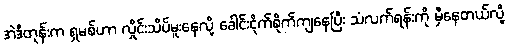
အဲဒီတုန်းက ရှမစ်ဟာ လှိုင်းသိပ်မူးနေလို့ ခေါင်းငိုက်စိုက်ကျနေပြီး သံလက်ရန်းကို မှီနေတယ်လို့